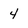
Character: 4